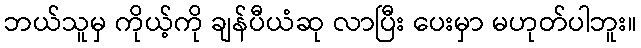
ဘယ်သူမှ ကိုယ့်ကို ချန်ပီယံဆု လာပြီး ပေးမှာ မဟုတ်ပါဘူး။